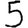
Digit: 5